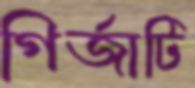
গির্জাটি